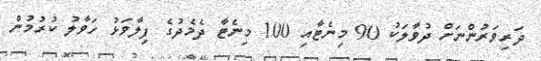
ދަރިވަރުންނަށް ދުވާލަކު 90 މިނެޓާއި 100 މިނެޓާ ދެމެދުގެ ފިލާވަޅު ހަވާލު ކުރުމުން